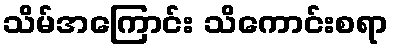
သိမ်အကြောင်း သိကောင်းစရာ